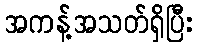
အကန့်အသတ်ရှိပြီး